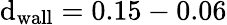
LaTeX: \mathrm{d}_{\mathrm{wall}}=0.15-0.06